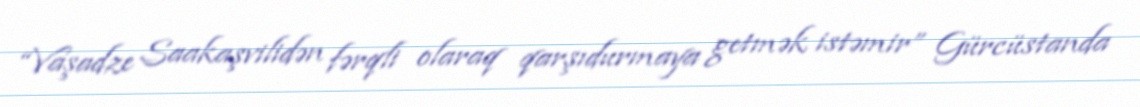
“Vaşadze Saakaşvilidən fərqli olaraq qarşıdurmaya getmək istəmir” Gürcüstanda